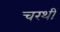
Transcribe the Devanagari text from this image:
चरथी